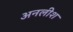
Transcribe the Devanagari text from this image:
अनलीश